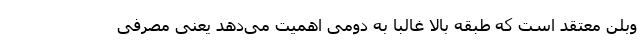
وبلن معتقد است که طبقه بالا غالبا به دومی اهمیت می‌دهد یعنی مصرفی